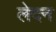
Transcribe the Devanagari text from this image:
लेदन